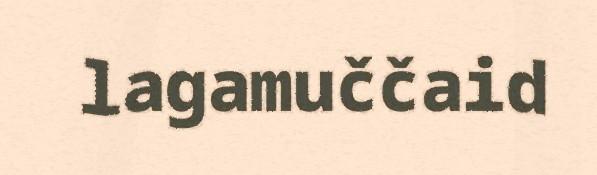
lagamuččaid